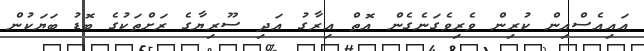
އައިއެސްއިން ކުރިން ވެރިވެގަނެގެން އޮތް އިރާގު އަދި ސޫރިޔާގެ ރަށްތަކުގެ ބޮޑު ބަޔަކުން